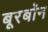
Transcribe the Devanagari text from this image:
बूरबॉन